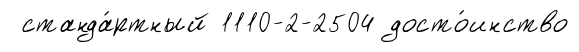
станда́ртный 1110-2-2504 досто́инство